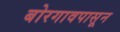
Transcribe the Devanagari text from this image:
बोरगावपासून